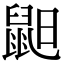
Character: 𪕈